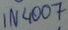
Text: 1N4007